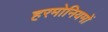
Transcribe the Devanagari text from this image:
हरमोनियमों